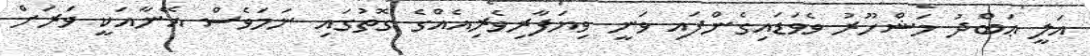
އަލީ ޢަބްދު މަޝްހޫރު ވެވަޑައިގެންފައި ވަނީ ވިޔަފާރިވެރިއެއްގެ ގޮތުގައި ނަމަވެސް އޭނާއަކީ ވަރަށް